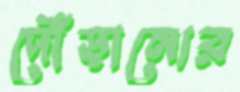
দৌঁড়ানোর